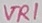
Text: VR1